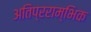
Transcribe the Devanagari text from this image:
अतिप्रराम्भिक